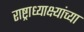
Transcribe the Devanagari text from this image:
राष्ट्राध्याक्ष्यांच्या